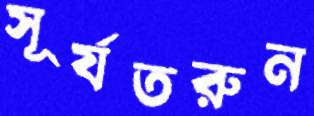
সূর্যতরুন